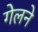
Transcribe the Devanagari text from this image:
गेलने